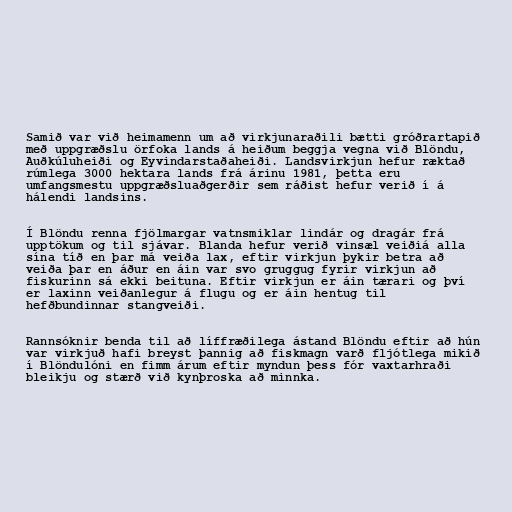
Samið var við heimamenn um að virkjunaraðili bætti gróðrartapið
með uppgræðslu örfoka lands á heiðum beggja vegna við Blöndu,
Auðkúluheiði og Eyvindarstaðaheiði. Landsvirkjun hefur ræktað
rúmlega 3000 hektara lands frá árinu 1981, þetta eru
umfangsmestu uppgræðsluaðgerðir sem ráðist hefur verið í á
hálendi landsins.

Í Blöndu renna fjölmargar vatnsmiklar lindár og dragár frá
upptökum og til sjávar. Blanda hefur verið vinsæl veiðiá alla
sína tíð en þar má veiða lax, eftir virkjun þykir betra að
veiða þar en áður en áin var svo gruggug fyrir virkjun að
fiskurinn sá ekki beituna. Eftir virkjun er áin tærari og því
er laxinn veiðanlegur á flugu og er áin hentug til
hefðbundinnar stangveiði.

Rannsóknir benda til að líffræðilega ástand Blöndu eftir að hún
var virkjuð hafi breyst þannig að fiskmagn varð fljótlega mikið
í Blöndulóni en fimm árum eftir myndun þess fór vaxtarhraði
bleikju og stærð við kynþroska að minnka.